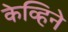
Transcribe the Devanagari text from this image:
केव्हिने